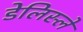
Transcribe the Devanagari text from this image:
डेलिस्ले